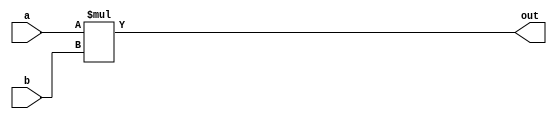
`timescale 1ns / 1ps
//////////////////////////////////////////////////////////////////////////////////
// Company: 
// 
// Design Name: 
// Module Name: mult_inf
// Project Name: 
// Target Devices: 
// Tool Versions: 
// Description: 
// 
// Dependencies: 
// 
// Revision:
// Revision 0.01 - File Created
// Additional Comments:
// 
//////////////////////////////////////////////////////////////////////////////////


module mult_inf #(parameter WIDTH = 32)(

    input wire [WIDTH - 1:0] a, b,
    output reg [2*WIDTH - 1:0] out

    );
    
    always @ (a, b) begin
        out <= a * b;
    end
endmodule